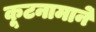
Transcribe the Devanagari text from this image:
कूटनामाने